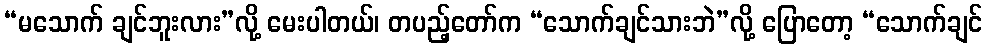
“မသောက် ချင်ဘူးလား”လို့ မေးပါတယ်၊ တပည့်တော်က “သောက်ချင်သားဘဲ”လို့ ပြောတော့ “သောက်ချင်